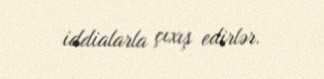
iddialarla çıxış edirlər.